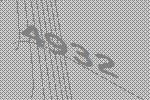
4932